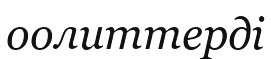
оолиттерді